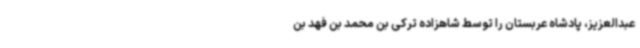
عبدالعزیز، پادشاه عربستان را توسط شاهزاده ترکی بن محمد بن فهد بن